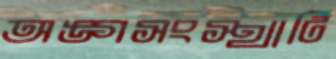
অঙ্গসংস্থাটি